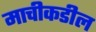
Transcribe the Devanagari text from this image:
माचीकडील